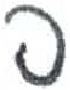
אות: פ